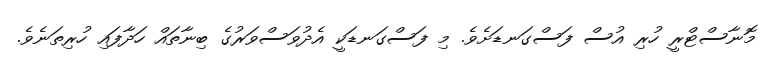
މޮނާސްޓްރީ ހުރި އުސް ފަސްގަނޑަށެވެ. މި ފަސްގަނޑަކީ އެދުވަސްވަރުގެ ބިނާތައް ހަދާފައި ހުރިތަނެވެ.